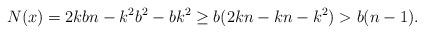
LaTeX: \begin{align*}N(x)= 2kbn-k^2b^2 - bk^2 \geq b(2kn - kn - k^2) > b(n-1). \end{align*}